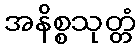
အနိစ္စသုတ္တံ